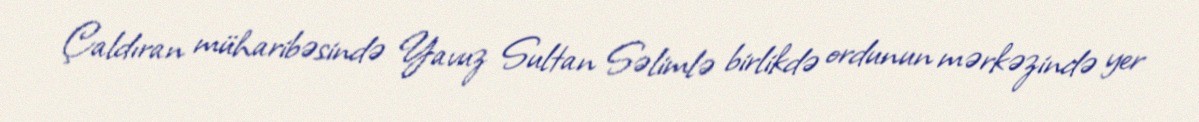
Çaldıran müharibəsində Yavuz Sultan Səlimlə birlikdə ordunun mərkəzində yer